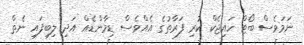
ނަމަވެސް ބޯޓް ހައިޖެކް ކުރި ފަރާތުގެ އެއްވެސް ޑިމާންޑެއް އަދި ލިބިފައި ނެތް